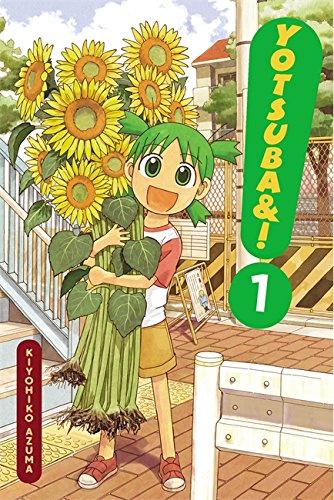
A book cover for Yotsuba&!, Vol. 1; Children's Books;